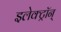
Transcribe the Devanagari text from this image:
इलेक्ट्रॉन्